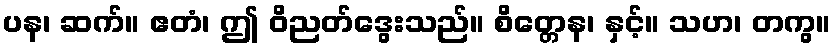
ပန၊ ဆက်။ ဧတံ၊ ဤ ဝိညတ်ဒွေးသည်။ စိတ္တေန၊ နှင့်။ သဟ၊ တကွ။